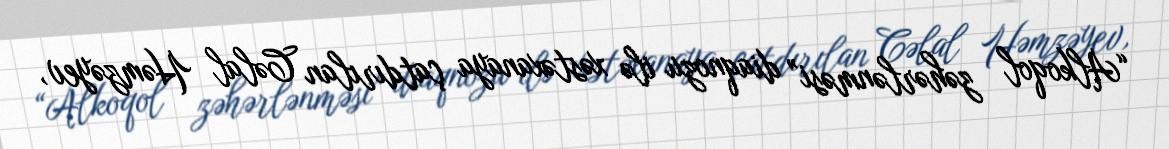
“Alkoqol zəhərlənməsi” diaqnozu ilə xəstəxanaya çatdırılan Cəlal Həmzəyev,